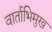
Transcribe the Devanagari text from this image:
वार्ताभिमुख